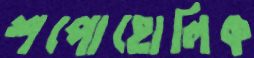
শপোহোলিক